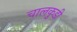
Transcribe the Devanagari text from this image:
चालकुडी